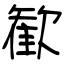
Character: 歓